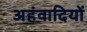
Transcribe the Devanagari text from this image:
अहंवादियों